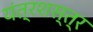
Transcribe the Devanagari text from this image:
यंत्रशस्त्र